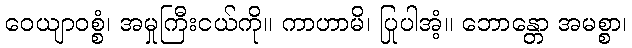
ဝေယျာဝစ္စံ၊ အမှုကြီးငယ်ကို။ ကာဟာမိ၊ ပြုပါအံ့။ ဘောန္တော အမစ္စာ၊